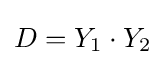
D=Y_{1}\cdot Y_{2}